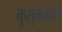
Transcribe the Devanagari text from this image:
कुसुमखोला